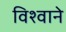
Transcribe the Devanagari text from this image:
विश्वाने